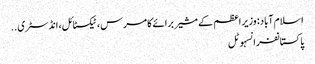
اسلام آباد: وزیر اعظم کے مشیر برائے کامرس، ٹیکسٹائل، انڈسٹری ..
پاکستانفرانسہوٹل